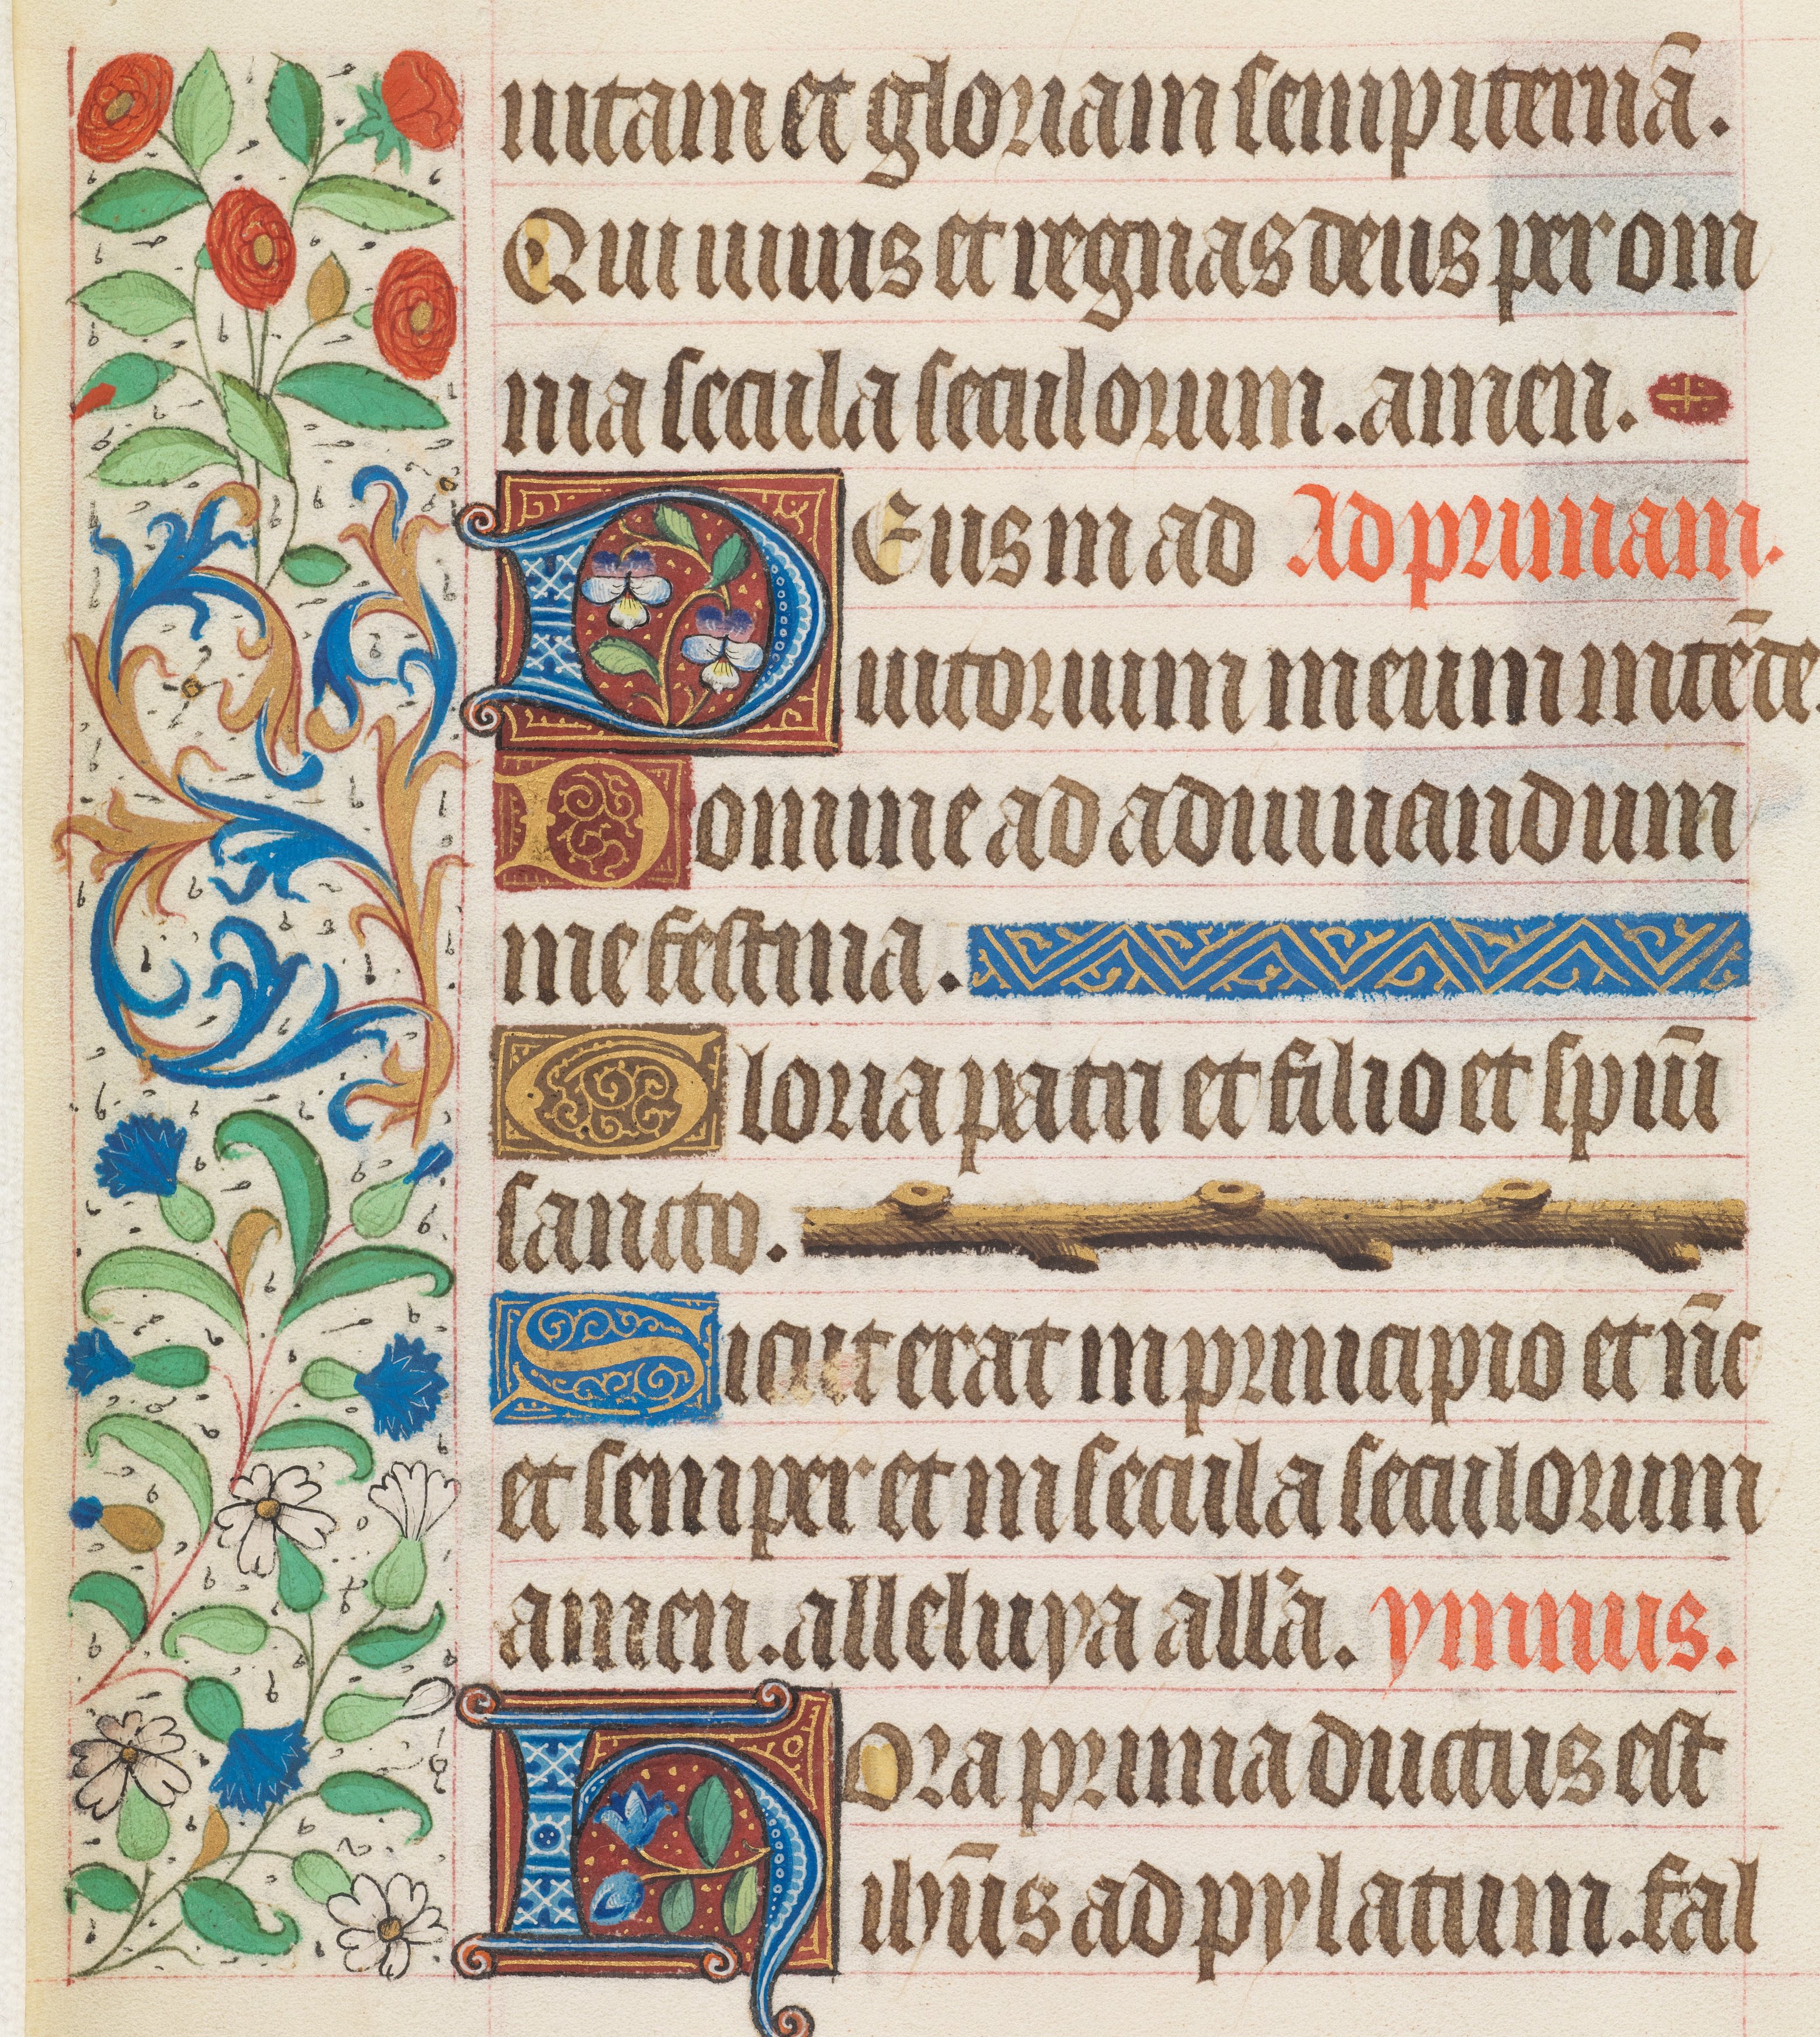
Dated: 1425–1449